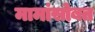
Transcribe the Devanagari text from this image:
मामांसोबत